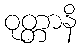
ဝုတ္တာနိ